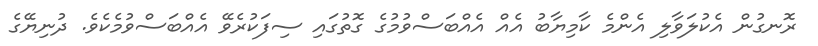
ރޮނގުން އެކުލަވާލި އެންމެ ކާމިޔާބު އެއް އެއްބަސްވުމުގެ ގޮތުގައި ސިފަކުރެވޭ އެއްބަސްވުމެކެވެ. ދުނިޔޭގެ